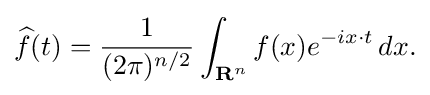
{{\widehat {f}}(t)={1 \over (2\pi )^{n/2}}\int _{{\mathbf {R} }^{n}}f(x)e^{-ix\cdot t}\,dx.}